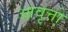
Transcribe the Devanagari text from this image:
आवृत्तो